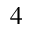
^ 4